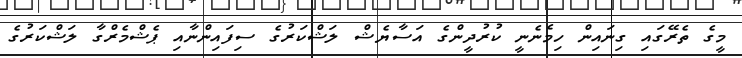
މީގެ ތެރޭގައި ގިނައިން ހިމެނެނީ ކުރުދީންގެ އަސާޔެޝް ލަޝްކަރުގެ ސިފައިންނާއި ޕެޝްމެރްގާ ލަޝްކަރުގެ